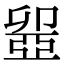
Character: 𠨣